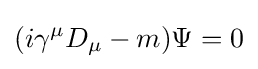
(i\gamma ^{\mu }D_{\mu }-m)\Psi =0